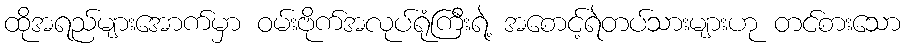
ထိုအရည်များအောက်မှာ ဝမ်းဗိုက်အလုပ်ရုံကြီးရဲ့ အစောင့်ရဲတပ်သားများဟု တင်စားသော